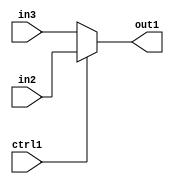
`timescale 1ps / 1ps
/*****************************************************************************
    Verilog RTL Description
    
    
    Created by: Stratus DpOpt 2019.1.01 
*******************************************************************************/

module DC_Filter_N_Mux_12_2_3_4 (
	in3,
	in2,
	ctrl1,
	out1
	); /* architecture "behavioural" */ 
input [11:0] in3,
	in2;
input  ctrl1;
output [11:0] out1;
wire [11:0] asc001;

reg [11:0] asc001_tmp_0;
assign asc001 = asc001_tmp_0;
always @ (ctrl1 or in2 or in3) begin
	case (ctrl1)
		1'B1 : asc001_tmp_0 = in2 ;
		default : asc001_tmp_0 = in3 ;
	endcase
end

assign out1 = asc001;
endmodule

/* CADENCE  uLXxQgA= : u9/ySgnWtBlWxVPRXgAZ4Og= ** DO NOT EDIT THIS LINE ******/